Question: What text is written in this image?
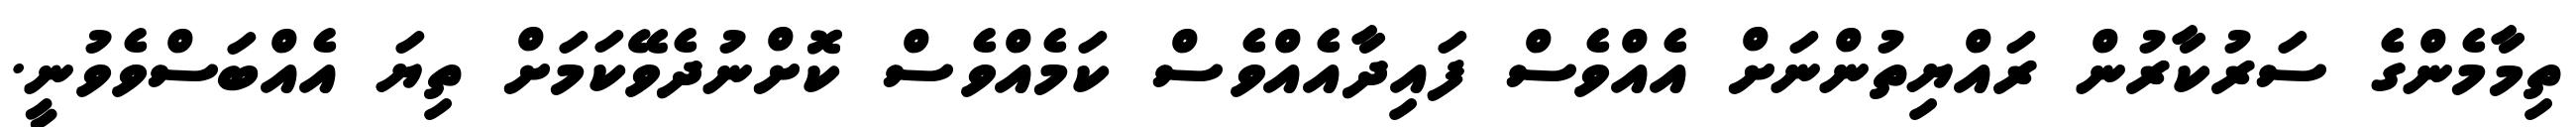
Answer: ތިމާމެންގެ ސަރުކާރުން ރައްޔިތުންނަށް އެއްވެސް ފައިދާއެއްވެސް ކަމެއްވެސް ކޮށްނުދެވޭކަމަށް ތިޔަ އެއްބަސްވެވުނީ.